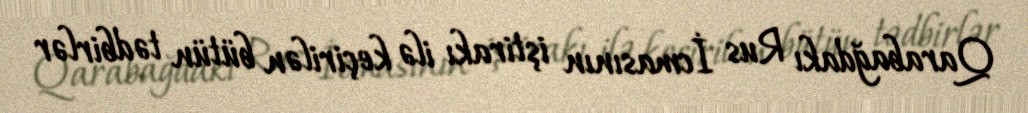
Qarabağdakı Rus İcmasının iştirakı ilə keçirilən bütün tədbirlər